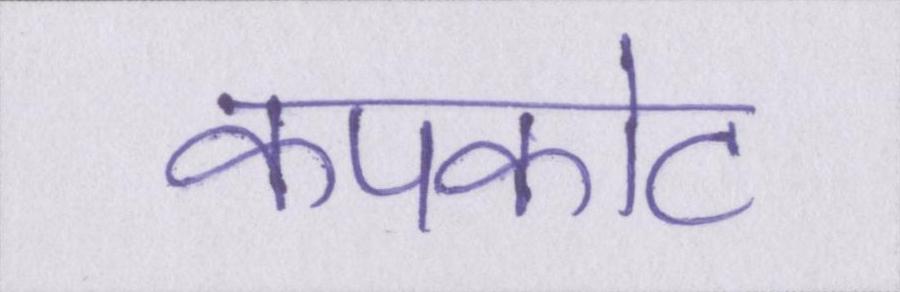
कपकोट